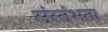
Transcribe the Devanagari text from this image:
संस्तंभता